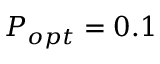
P _ { o p t } = 0 . 1